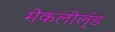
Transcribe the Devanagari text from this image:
मेकलील्ंड